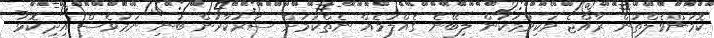
ކޮމަަންވެލްތުން ރާއްޖެ ވަކިވުމަކުން ލިބޭނެ ގެއްލުމެއް ނެތްކަމަށް ސަރުކާރުން ބުނި ނަމަވެސް އިދިކޮޅު